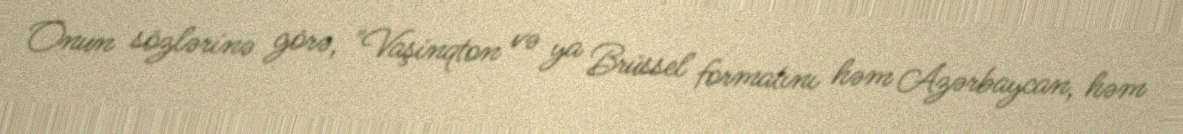
Onun sözlərinə görə, "Vaşinqton və ya Brüssel formatını həm Azərbaycan, həm